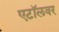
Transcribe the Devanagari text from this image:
एटॉलवर